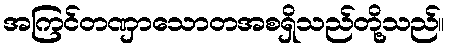
အကြင်တဏှာသောတအစရှိသည်တို့သည်။